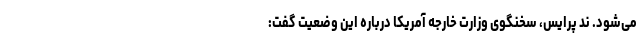
می‌شود. ند پرایس، سخنگوی وزارت خارجه آمریکا درباره این وضعیت گفت: